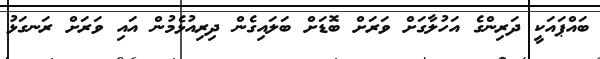
ބައްޕައަކީ ދަރިންގެ އަހުލާގަށް ވަރަށް ބޮޑަށް ބަލައިގެން ދިރިއުޅެމުން އައި ވަރަށް ރަނގަޅު